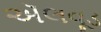
ઍલવૂડ